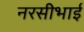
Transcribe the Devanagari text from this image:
नरसीभाई